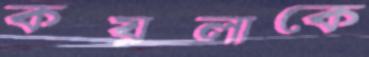
কয়লাকে